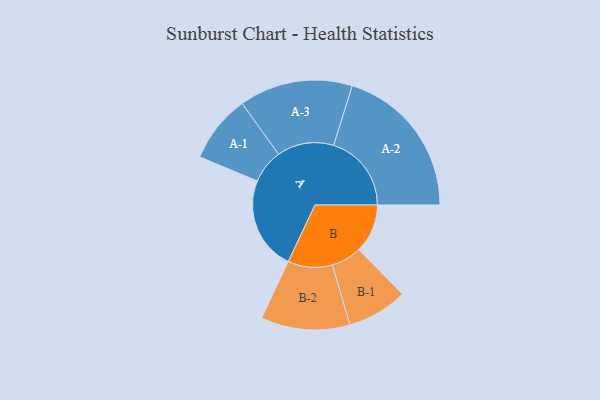
{"axis": {"x": "Segment", "y": "Value"}, "legend": ["", "A", "B"], "data": [{"x": "A", "y": 328, "type": ""}, {"x": "B", "y": 171, "type": ""}, {"x": "A-1", "y": 119, "type": "A"}, {"x": "A-2", "y": 273, "type": "A"}, {"x": "A-3", "y": 199, "type": "A"}, {"x": "B-1", "y": 106, "type": "B"}, {"x": "B-2", "y": 156, "type": "B"}]}